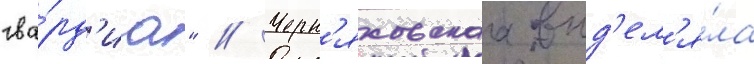
гва́рд'иа" // Черн'яховскаа выд'ел'я́ла